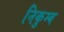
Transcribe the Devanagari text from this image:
निकुम्ब